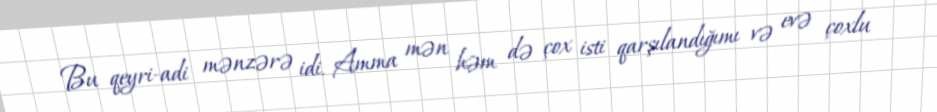
Bu qeyri-adi mənzərə idi. Amma mən həm də çox isti qarşılandığımı və evə çoxlu